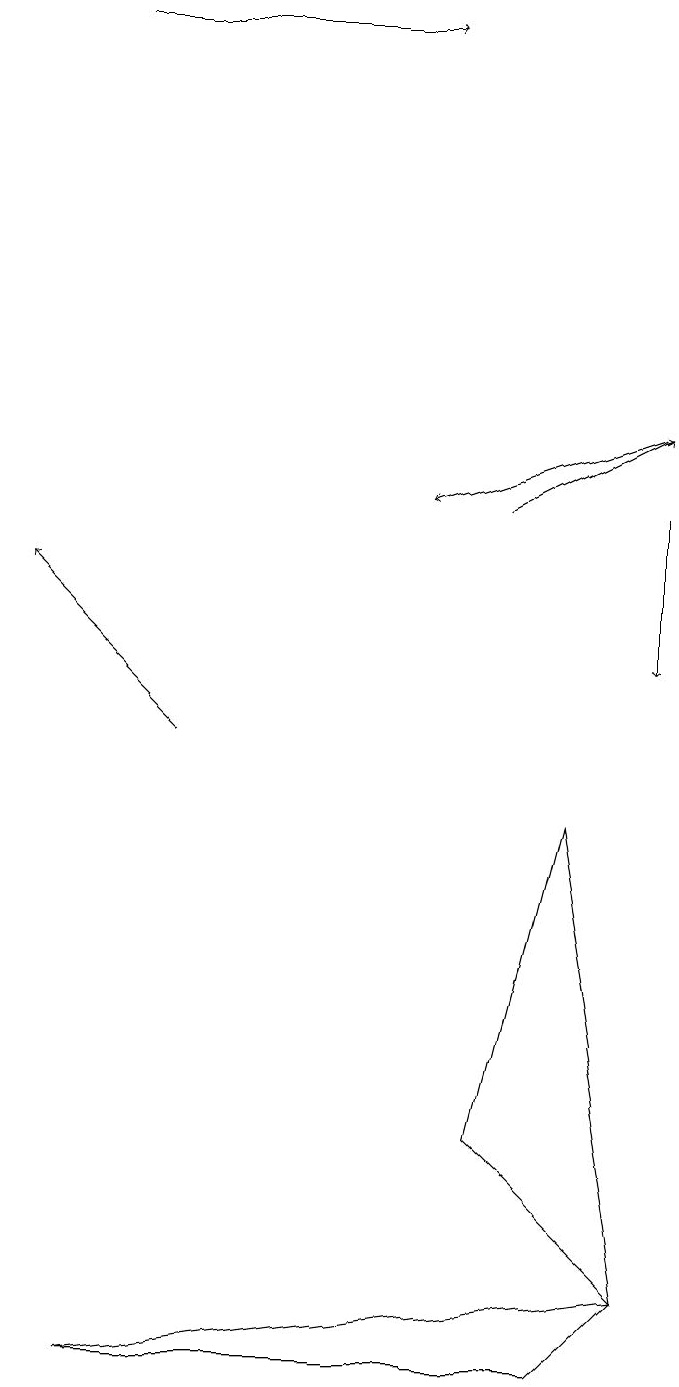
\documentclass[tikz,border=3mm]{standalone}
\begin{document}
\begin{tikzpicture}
\draw[->] (1,19) -- (5,19);
\draw[->] (2,10) -- (0,12);
\draw[->] (8,14) -- (5,13);
\draw (8,3) -- (1,2) -- (7,2) -- cycle;
\draw[->] (8,13) -- (8,11);
\draw[->] (6,13) -- (8,14);
\draw (8,3) -- (6,5) -- (7,9) -- cycle;
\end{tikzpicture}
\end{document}